Annual report on the working of the lock hospitals in the Central Provinces
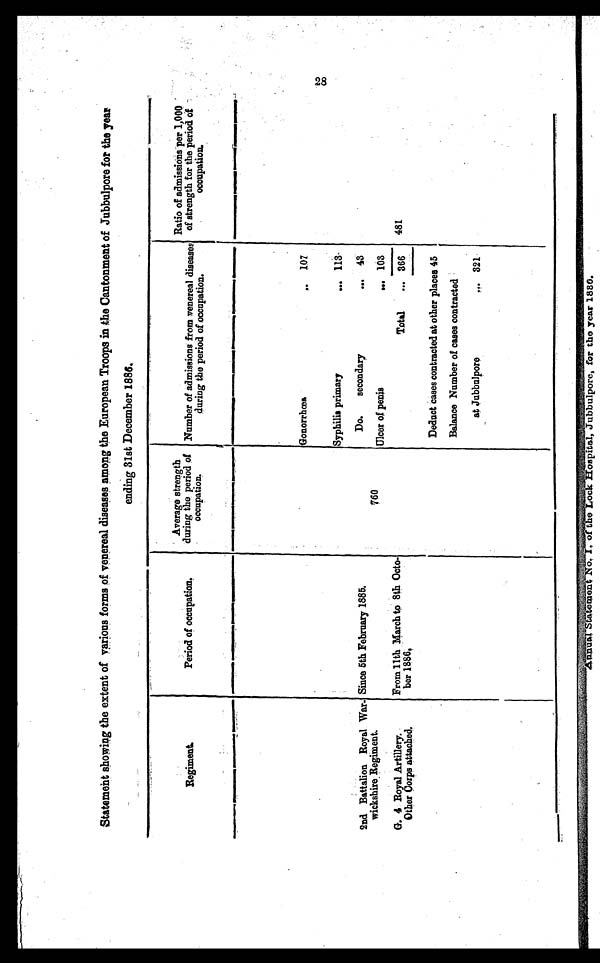
Statement showing the extent of various forms of venereal diseases among the European Troops in the Cantonment of Jubbulpore for the year
ending 31st December 1886.
Regiment
Period of occupation,
' Average strength
during the period of
occupation.
..................,
Number of admissions from venereal diseases
during the period of occupation.
.............
Ratio of admissions per 1,000
of strength for the period of
occupation.
....v.
GonorrhCe&
. . 107
.............. -,
Syphilis primary
vv. 113-
2nd Battalion Royal War.
wickshire. Regiment.
Since 5th February 1885.
Do.
secondary
— 43
760
Ulcer of penis
,., 103
G. 4 Royal Artillery.
Other Corps attached.
From 11th March to 8th Octo-
,
ber 1886,
Total
... 366
481
Deduct cases contracted at other places 45
Balance Number of cases contracted
at Jubbulpore
... 321
StO
CO